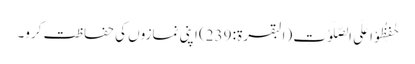
حٰفِظُوْا عَلَی الصَّلَوٰتِ (البقرۃ: 239) اپنی نمازوں کی حفاظت کرو۔